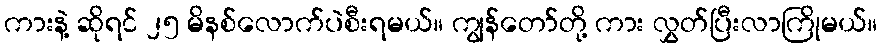
ကားနဲ့ ဆိုရင် ၂၅ မိနစ်လောက်ပဲစီးရမယ်။ ကျွန်တော်တို့ ကား လွှတ်ပြီးလာကြိုမယ်။